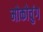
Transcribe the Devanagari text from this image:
मोकोचुंग